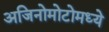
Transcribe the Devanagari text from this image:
अजिनोमोटोमध्ये